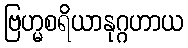
ဗြဟ္မစရိယာနုဂ္ဂဟာယ